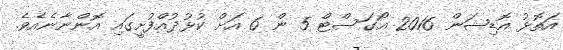
އަތޮޅު އޮޑިޝަން 2016 އޯގަސްޓް 5 ން 6 އަށް ކުޅުދުއްފުށީގައި އޮންނާނެއެވެ.